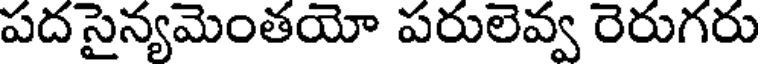
పద సైన్యమెంతయో పరులెవ్వ రెరుగరు